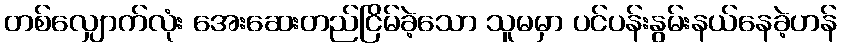
တစ်လျှောက်လုံး အေးဆေးတည်ငြိမ်ခဲ့သော သူမမှာ ပင်ပန်းနွမ်းနယ်နေခဲ့ဟန်